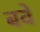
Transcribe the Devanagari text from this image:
बवे